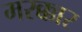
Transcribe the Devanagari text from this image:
मरक्कार